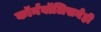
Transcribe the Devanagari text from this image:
कॉर्नवॉलिसनेही